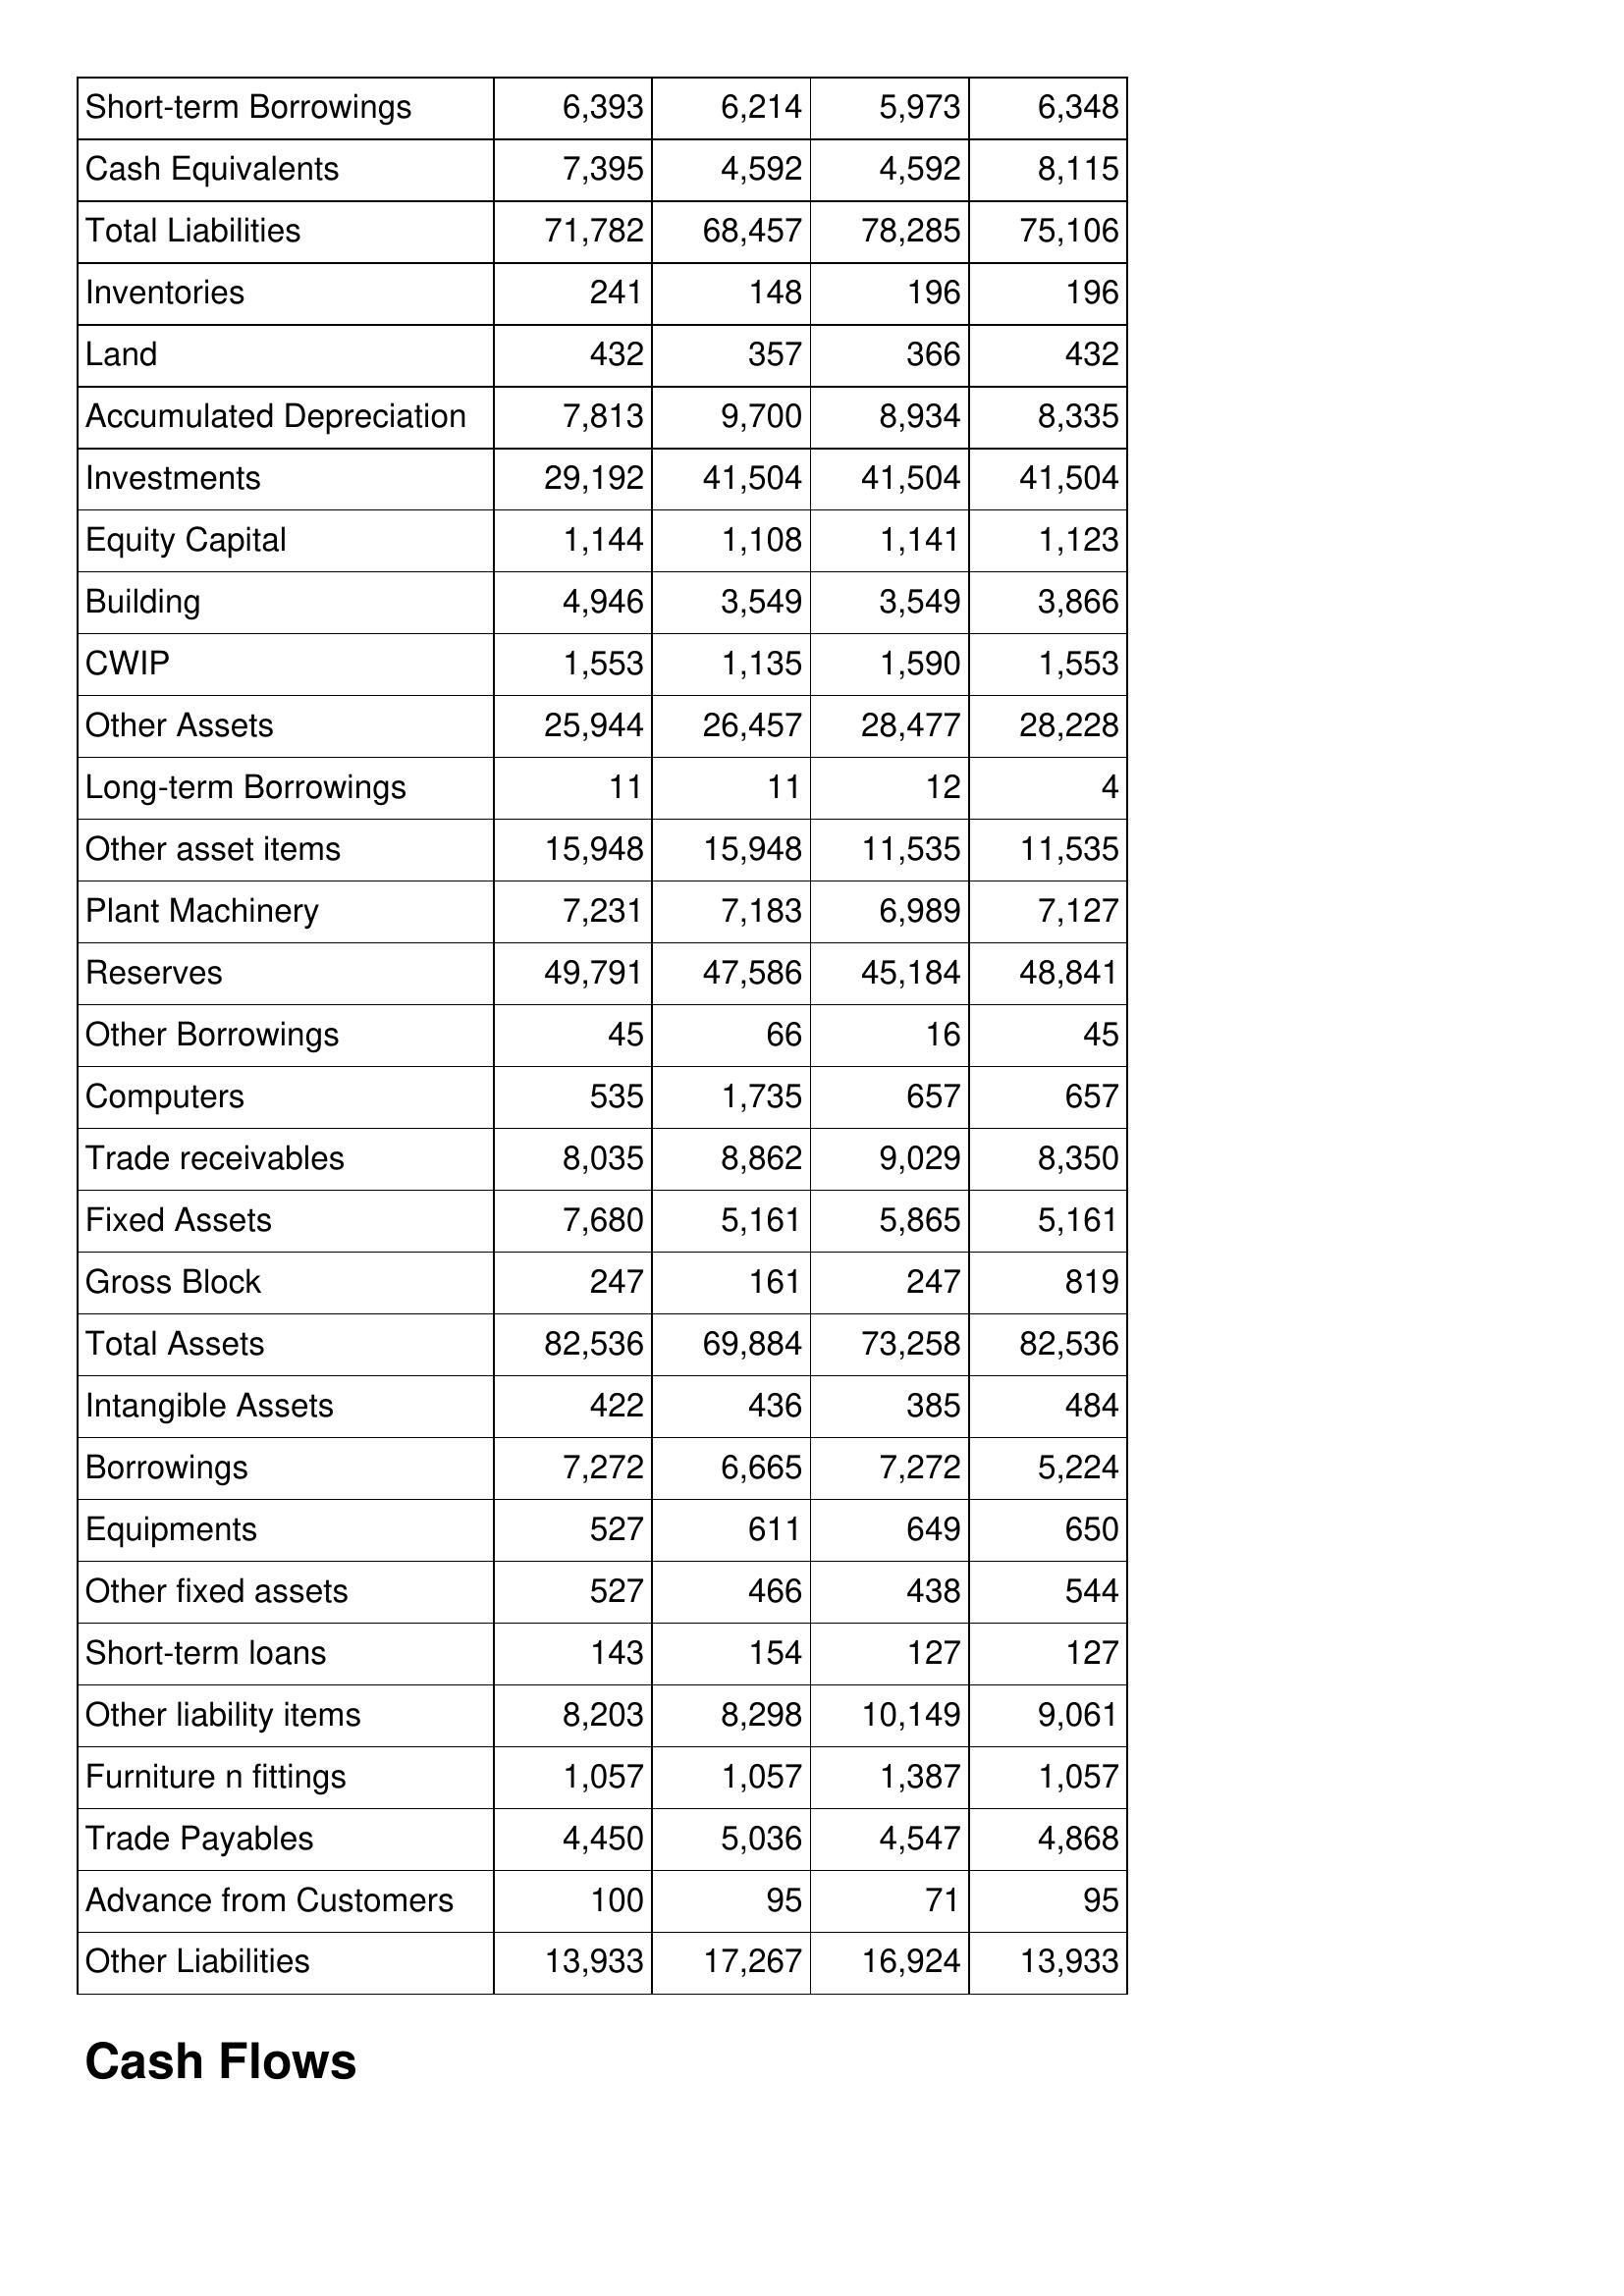
May-19: Balance Sheet: Short-term Borrowings: 6,393
Cash Equivalents: 7,395
Total Liabilities: 71,782
Inventories: 241
Land: 432
Accumulated Depreciation: 7,813
Investments: 29,192
Equity Capital: 1,144
Building: 4,946
CWIP: 1,553
Other Assets: 25,944
Long-term Borrowings: 11
Other asset items: 15,948
Plant Machinery: 7,231
Reserves: 49,791
Other Borrowings: 45
Computers: 535
Trade receivables: 8,035
Fixed Assets: 7,680
Gross Block: 247
Total Assets: 82,536
Intangible Assets: 422
Borrowings: 7,272
Equipments: 527
Other fixed assets: 527
Short-term loans: 143
Other liability items: 8,203
Furniture n fittings: 1,057
Trade Payables: 4,450
Advance from Customers: 100
Other Liabilities: 13,933
May-18: Balance Sheet: Short-term Borrowings: 6,214
Cash Equivalents: 4,592
Total Liabilities: 68,457
Inventories: 148
Land: 357
Accumulated Depreciation: 9,700
Investments: 41,504
Equity Capital: 1,108
Building: 3,549
CWIP: 1,135
Other Assets: 26,457
Long-term Borrowings: 11
Other asset items: 15,948
Plant Machinery: 7,183
Reserves: 47,586
Other Borrowings: 66
Computers: 1,735
Trade receivables: 8,862
Fixed Assets: 5,161
Gross Block: 161
Total Assets: 69,884
Intangible Assets: 436
Borrowings: 6,665
Equipments: 611
Other fixed assets: 466
Short-term loans: 154
Other liability items: 8,298
Furniture n fittings: 1,057
Trade Payables: 5,036
Advance from Customers: 95
Other Liabilities: 17,267
May-17: Balance Sheet: Short-term Borrowings: 5,973
Cash Equivalents: 4,592
Total Liabilities: 78,285
Inventories: 196
Land: 366
Accumulated Depreciation: 8,934
Investments: 41,504
Equity Capital: 1,141
Building: 3,549
CWIP: 1,590
Other Assets: 28,477
Long-term Borrowings: 12
Other asset items: 11,535
Plant Machinery: 6,989
Reserves: 45,184
Other Borrowings: 16
Computers: 657
Trade receivables: 9,029
Fixed Assets: 5,865
Gross Block: 247
Total Assets: 73,258
Intangible Assets: 385
Borrowings: 7,272
Equipments: 649
Other fixed assets: 438
Short-term loans: 127
Other liability items: 10,149
Furniture n fittings: 1,387
Trade Payables: 4,547
Advance from Customers: 71
Other Liabilities: 16,924
May-16: Balance Sheet: Short-term Borrowings: 6,348
Cash Equivalents: 8,115
Total Liabilities: 75,106
Inventories: 196
Land: 432
Accumulated Depreciation: 8,335
Investments: 41,504
Equity Capital: 1,123
Building: 3,866
CWIP: 1,553
Other Assets: 28,228
Long-term Borrowings: 4
Other asset items: 11,535
Plant Machinery: 7,127
Reserves: 48,841
Other Borrowings: 45
Computers: 657
Trade receivables: 8,350
Fixed Assets: 5,161
Gross Block: 819
Total Assets: 82,536
Intangible Assets: 484
Borrowings: 5,224
Equipments: 650
Other fixed assets: 544
Short-term loans: 127
Other liability items: 9,061
Furniture n fittings: 1,057
Trade Payables: 4,868
Advance from Customers: 95
Other Liabilities: 13,933